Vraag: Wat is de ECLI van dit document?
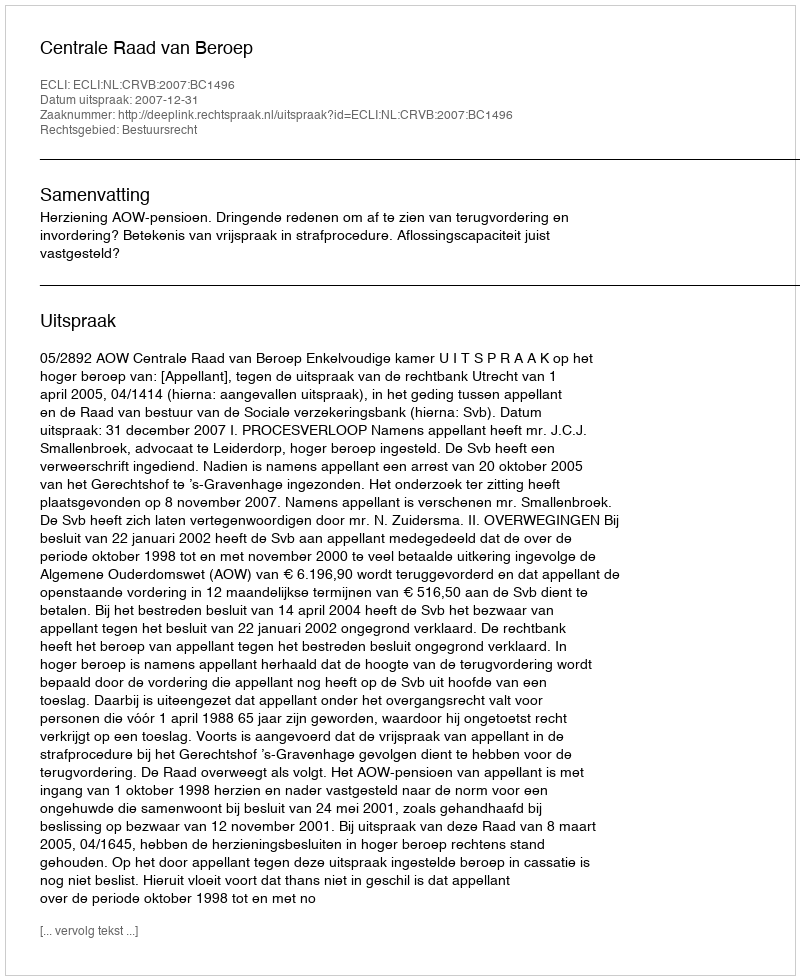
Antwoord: ECLI:NL:CRVB:2007:BC1496